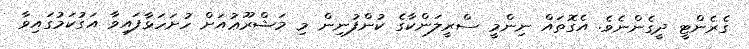
ގެރެންޓީ ދީގެންނެވެ. އެގޮތައް ނިންމީ ސްރީލަންކާގެ ކުންފުނިން މި މަޝްރޫޢުއަށް ހުށަހަޅާފައިވާ އަގުކަމުގައިވާ